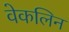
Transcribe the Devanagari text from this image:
वेकलिन